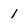
Character: 1